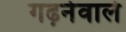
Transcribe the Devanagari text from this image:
गढ़नेवाले